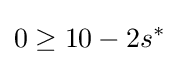
0\geq 10-2s^{*}